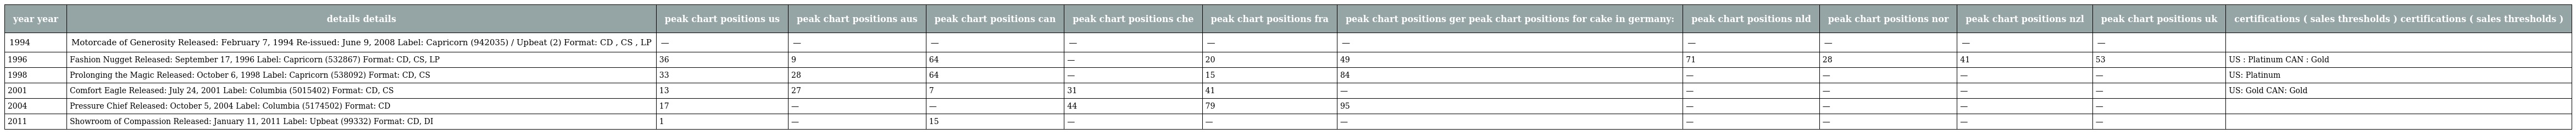
| year year | details details | peak chart positions us | peak chart positions aus | peak chart positions can | peak chart positions che | peak chart positions fra | peak chart positions ger peak chart positions for cake in germany: | peak chart positions nld | peak chart positions nor | peak chart positions nzl | peak chart positions uk | certifications ( sales thresholds ) certifications ( sales thresholds ) |
 | --- | --- | --- | --- | --- | --- | --- | --- | --- | --- | --- | --- | --- |
 | 1994 | Motorcade of Generosity Released: February 7, 1994 Re-issued: June 9, 2008 Label: Capricorn (942035) / Upbeat (2) Format: CD , CS , LP | — | — | — | — | — | — | — | — | — | — |  |
 | 1996 | Fashion Nugget Released: September 17, 1996 Label: Capricorn (532867) Format: CD, CS, LP | 36 | 9 | 64 | — | 20 | 49 | 71 | 28 | 41 | 53 | US : Platinum CAN : Gold |
 | 1998 | Prolonging the Magic Released: October 6, 1998 Label: Capricorn (538092) Format: CD, CS | 33 | 28 | 64 | — | 15 | 84 | — | — | — | — | US: Platinum |
 | 2001 | Comfort Eagle Released: July 24, 2001 Label: Columbia (5015402) Format: CD, CS | 13 | 27 | 7 | 31 | 41 | — | — | — | — | — | US: Gold CAN: Gold |
 | 2004 | Pressure Chief Released: October 5, 2004 Label: Columbia (5174502) Format: CD | 17 | — | — | 44 | 79 | 95 | — | — | — | — |  |
 | 2011 | Showroom of Compassion Released: January 11, 2011 Label: Upbeat (99332) Format: CD, DI | 1 | — | 15 | — | — | — | — | — | — | — |  |